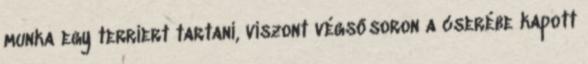
munka egy terriert tartani, viszont végsősoron a cserébe kapott